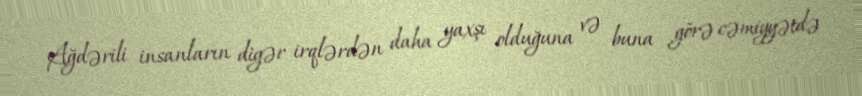
Ağdərili insanların digər irqlərdən daha yaxşı olduğuna və buna görə cəmiyyətdə